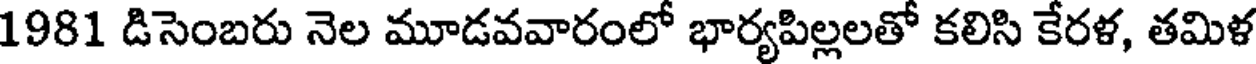
1981 డిసెంబరు నెల మూడవవారంలో భార్యపిల్లలతో కలిసి కేరళ, తమిళ